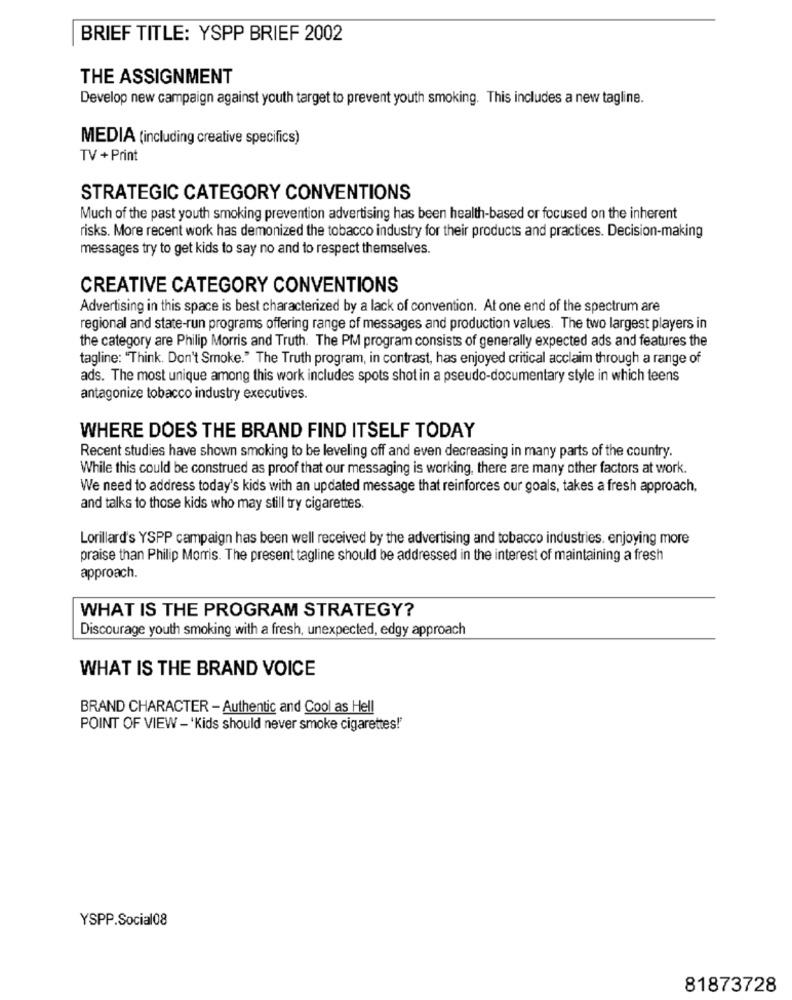
BRIEF TITLE: YSPP BRIEF 2002
THE ASSIGNMENT
Develop new campaign against youth target to prevent youth smoking. This includes a new tagline.
MEDIA (including creative specifics)
TV + Print
STRATEGIC CATEGORY CONVENTIONS
Much of the past youth smoking prevention advertising has been health-based or focused on the inherent
risks. More recent work has demonized the tobacco industry for their products and practices. Decision-making
messages try to get kids to say no and to respect themselves.
CREATIVE CATEGORY CONVENTIONS
Advertising in this space is best characterized by a lack of convention. At one end of the spectrum are
regional and state-run programs offering range of messages and production values. The two largest players in
the category are Philip Morris and Truth. The PM program consists of generally expected ads and features the
tagline: "Think. Don't Smoke." The Truth program, in contrast, has enjoyed critical acclaim through a range of
ads. The most unique among this work includes spots shot in a pseudo-documentary style in which teens
antagonize tobacco industry executives.
WHERE DOES THE BRAND FIND ITSELF TODAY
Recent studies have shown smoking to be leveling off and even decreasing in many parts of the country.
While this could be construed as proof that our messaging is working, there are many other factors at work.
We need to address today's kids with an updated message that reinforces our goals, takes a fresh approach,
and talks to those kids who may still try cigarettes.
Lorillard's YSPP campaign has been well received by the advertising and tobacco industries. enjoying more
praise than Philip Morris. The present tagline should be addressed in the interest of maintaining a fresh
approach.
WHAT IS THE PROGRAM STRATEGY?
Discourage youth smoking with a fresh, unexpected, edgy approach
WHAT IS THE BRAND VOICE
BRAND CHARACTER - Authentic and Cool as Hell
POINT OF VIEW - 'Kids should never smoke cigarettes!"
YSPP.Social08
81873728